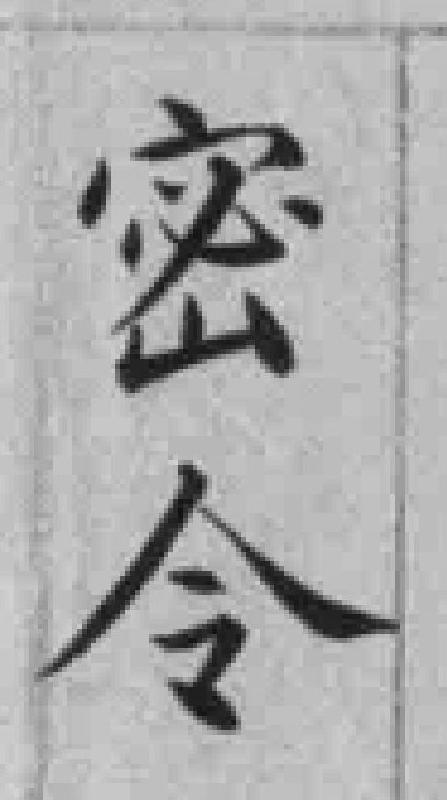
密令